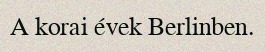
A korai évek Berlinben.